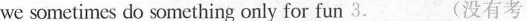
we sometimes do something only for fun 3._______(没有考